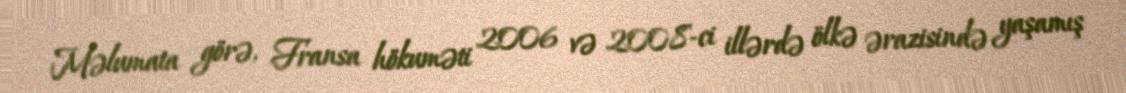
Məlumata görə, Fransa hökuməti 2006 və 2008-ci illərdə ölkə ərazisində yaşamış